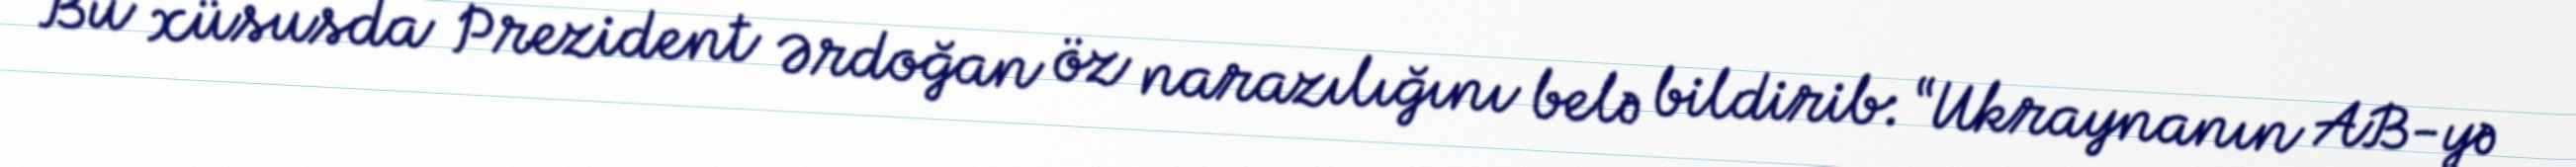
Bu xüsusda Prezident Ərdoğan öz narazılığını belə bildirib: “Ukraynanın AB-yə